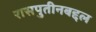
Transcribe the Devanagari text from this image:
रासपुतीनबद्दल